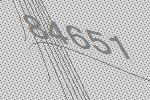
84651